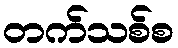
တက်သစ်စ